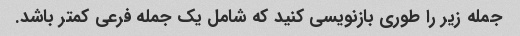
جمله زیر را طوری بازنویسی کنید که شامل یک جمله فرعی کمتر باشد.